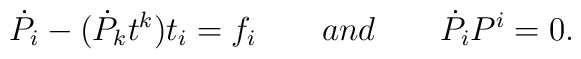
{\dot P}_{i} - ({\dot P}_{k}t^{k})t_{i} = f_{i}\qquad and \qquad {\dot P}_{i}{P}^{i}=0.